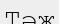
Тәж